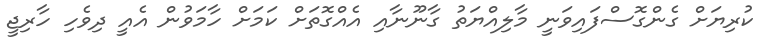
ކުރިޔަށް ގެންގޮސްފައިވަނީ މާލިއްޔަތު ގާނޫނާއި އެއްގޮތަށް ކަމަށް ހާމަވުން އެއީ ދިވެހި ހާރިޖީ